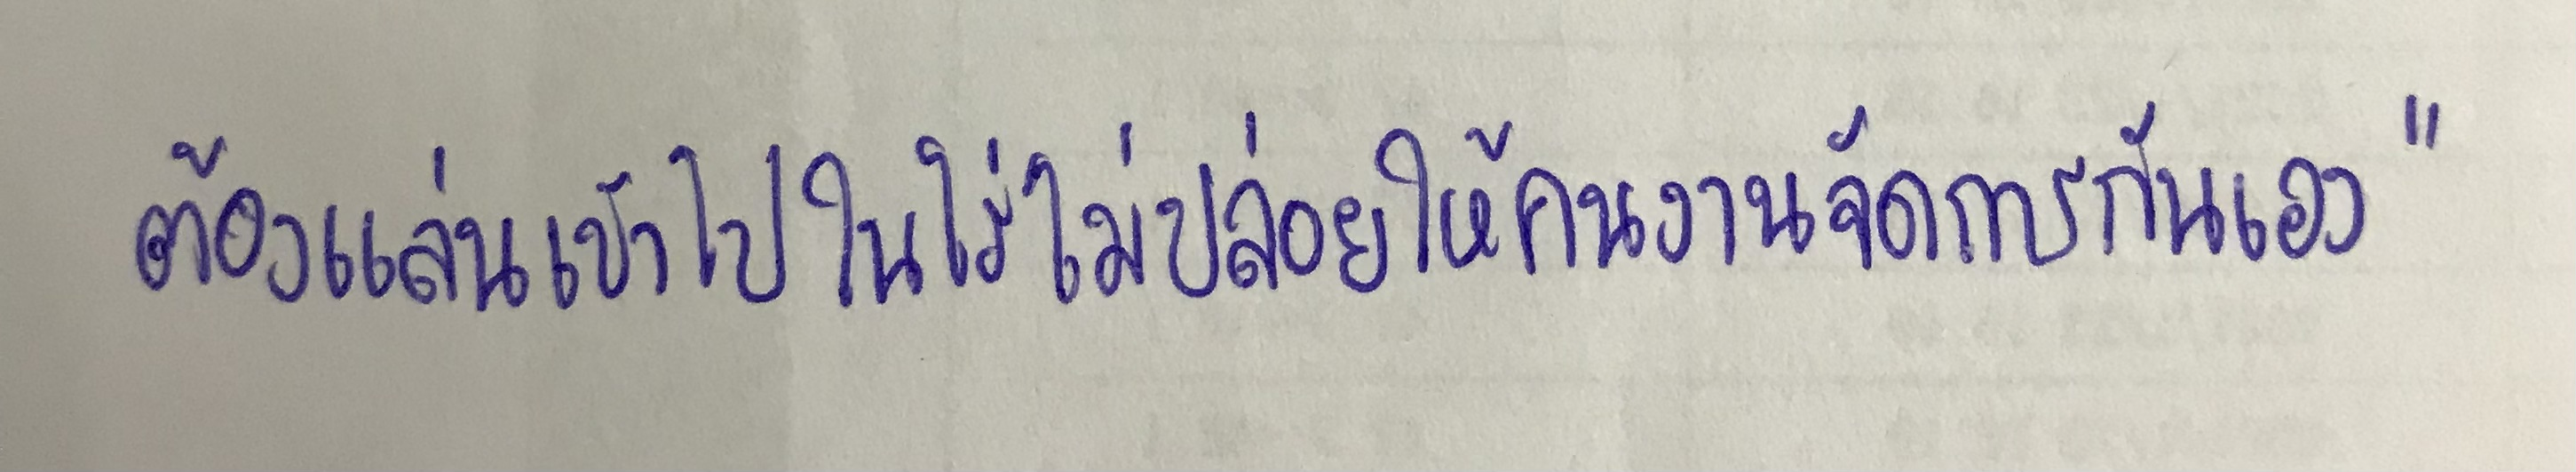
ต้องแล่นเข้าไปในไร่ไม่ปล่อยให้คนงานจัดการกันเอง"